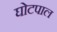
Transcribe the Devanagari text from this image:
घोटपाल